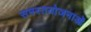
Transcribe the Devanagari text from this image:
समस्तयोजनाओं